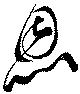
恩